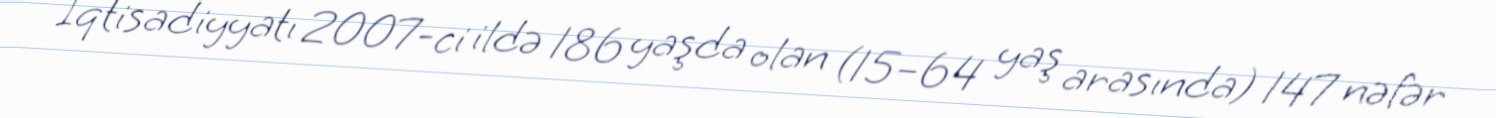
İqtisadiyyatı 2007-ci ildə 186 yaşda olan (15–64 yaş arasında) 147 nəfər